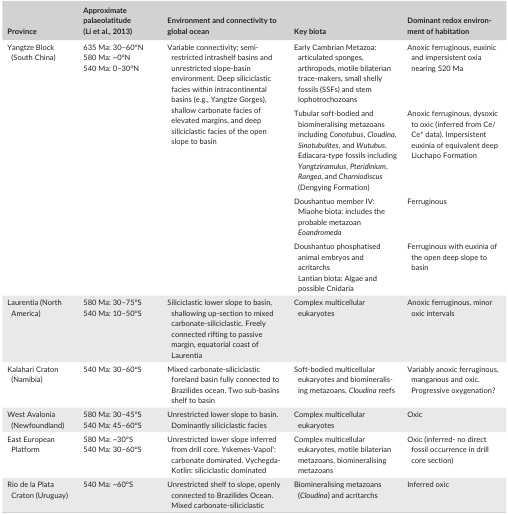
<table><thead><tr><td><b>Province</b></td><td><b>Approximate palaeolatitude (Li et al., 2013)</b></td><td><b>Environment and connectivity to global ocean</b></td><td><b>Key biota</b></td><td><b>Dominant redox environment of habitation</b></td></tr></thead><tbody><tr><td rowspan="4">Yangtze Block (South China)</td><td rowspan="4">635 Ma: 30–60°N580 Ma: ~0°N540 Ma: 0–30°N</td><td rowspan="4">Variable connectivity; semi‐restricted intrashelf basins and unrestricted slope‐basin environment. Deep siliciclastic facies within intracontinental basins (e.g., Yangtze Gorges), shallow carbonate facies of elevated margins, and deep siliciclastic facies of the open slope to basin</td><td>Early Cambrian Metazoa: articulated sponges, arthropods, motile bilaterian trace‐makers, small shelly fossils (SSFs) and stem lophotrochozoans</td><td>Anoxic ferruginous, euxinic and impersistent oxia nearing 520 Ma</td></tr><tr><td>Tubular soft‐bodied and biomineralising metazoans including <i>Conotubus</i>,<i> Cloudina</i>,<i> Sinotubulites</i>, and <i>Wutubus</i>. Ediacara‐type fossils including <i>Yangtziramulus</i>,<i> Pteridinium</i>,<i> Rangea</i>, and <i>Charniodiscus</i> (Dengying Formation)</td><td>Anoxic ferruginous, dysoxic to oxic (inferred from Ce/Ce* data). Impersistent euxinia of equivalent deep Liuchapo Formation</td></tr><tr><td>Doushantuo member IV: Miaohe biota: includes the probable metazoan <i>Eoandromeda</i></td><td>Ferruginous</td></tr><tr><td>Doushantuo phosphatised animal embryos and acritarchsLantian biota: Algae and possible Cnidaria</td><td>Ferruginous with euxinia of the open deep slope to basin</td></tr><tr><td>Laurentia (North America)</td><td>580 Ma: 30–75°S540 Ma: 10–50°S</td><td>Siliciclastic lower slope to basin, shallowing up‐section to mixed carbonate‐siliciclastic. Freely connected rifting to passive margin, equatorial coast of Laurentia</td><td>Complex multicellular eukaryotes</td><td>Anoxic ferruginous, minor oxic intervals</td></tr><tr><td>Kalahari Craton (Namibia)</td><td>540 Ma: 30–60°S</td><td>Mixed carbonate‐siliciclastic foreland basin fully connected to Brazilides ocean. Two sub‐basins shelf to basin</td><td>Soft‐bodied multicellular eukaryotes and biomineralising metazoans, <i>Cloudina</i> reefs</td><td>Variably anoxic ferruginous, manganous and oxic. Progressive oxygenation?</td></tr><tr><td>West Avalonia(Newfoundland)</td><td>580 Ma: 30–45°S540 Ma: 45–60°S</td><td>Unrestricted lower slope to basin. Dominantly siliciclastic facies</td><td>Complex multicellular eukaryotes</td><td>Oxic</td></tr><tr><td>East European Platform</td><td>580 Ma: ~30°S540 Ma: 30–60°S</td><td>Unrestricted lower slope inferred from drill core. Yskemes‐Vapol’: carbonate dominated. Vychegda‐Kotlin: siliciclastic dominated</td><td>Complex multicellular eukaryotes, motile bilaterian metazoans, biomineralising metazoans</td><td>Oxic (inferred‐ no direct fossil occurrence in drill core section)</td></tr><tr><td>Rio de la Plata Craton (Uruguay)</td><td>540 Ma: ~60°S</td><td>Unrestricted shelf to slope, openly connected to Brazilides Ocean. Mixed carbonate‐siliciclastic</td><td>Biomineralising metazoans (<i>Cloudina</i>) and acritarchs</td><td>Inferred oxic</td></tr></tbody></table>